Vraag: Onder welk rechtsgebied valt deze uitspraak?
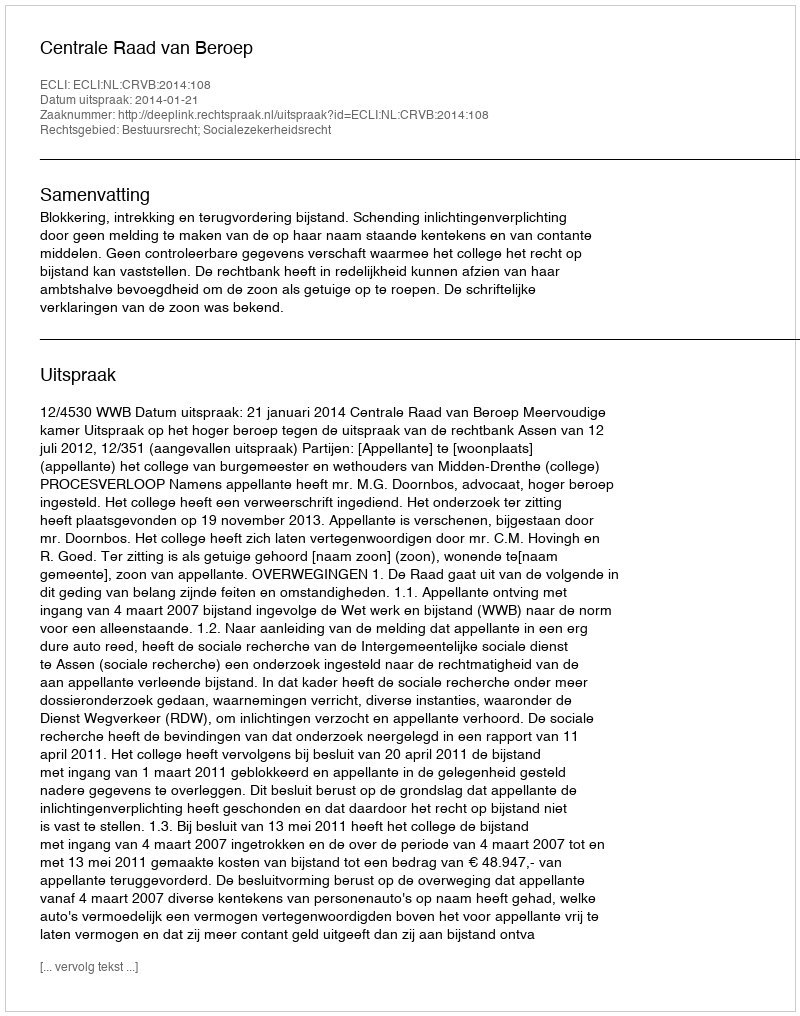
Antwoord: Bestuursrecht; Socialezekerheidsrecht